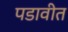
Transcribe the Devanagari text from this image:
पडावीत